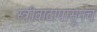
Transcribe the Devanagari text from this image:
स्त्रीवादापासूनच